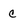
Character: c